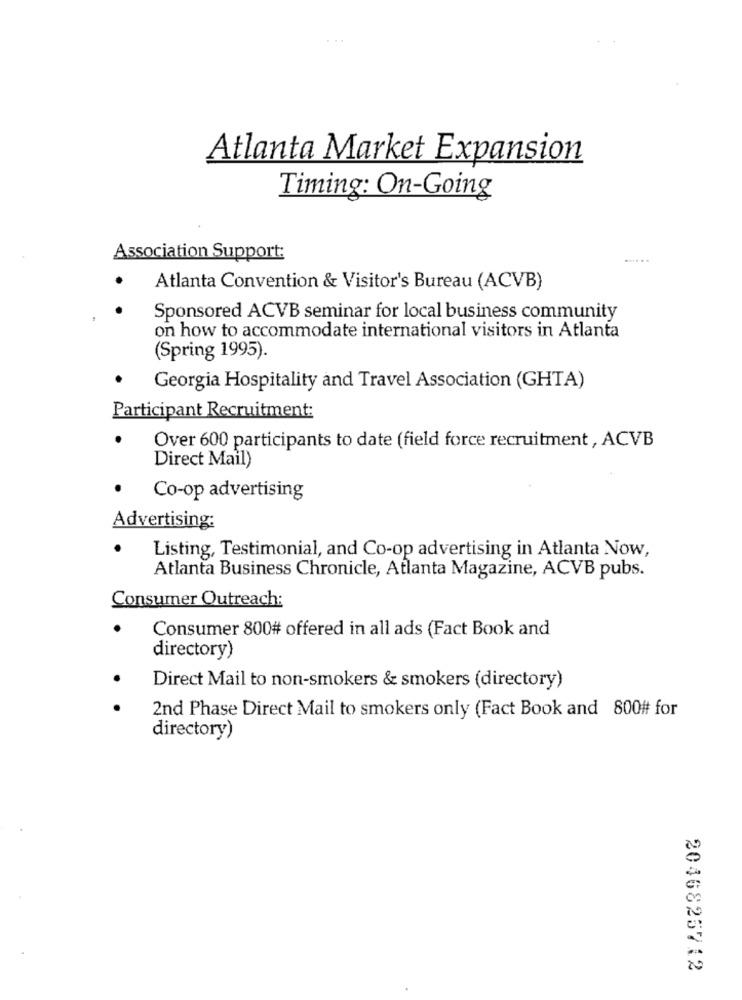
Atlanta Market Expansion
Timing: On-Going
Association Support:
.... ..
Atlanta Convention & Visitor's Bureau (ACVB)
Sponsored ACVB seminar for local business community
on how to accommodate international visitors in Atlanta
(Spring 1995).
Georgia Hospitality and Travel Association (GHTA)
Participant Recruitment:
Over 600 participants to date (field force recruitment, ACVB
Direct Mail)
.
Co-op advertising
Advertising:
Listing, Testimonial, and Co-op advertising in Atlanta Now,
Atlanta Business Chronicle, Atlanta Magazine, ACVB pubs.
Consumer Outreach:
Consumer 800# offered in all ads (Fact Book and
directory)
Direct Mail to non-smokers & smokers (directory)
2nd Phase Direct Mail to smokers only (Fact Book and 800# for
directory)
2046825712